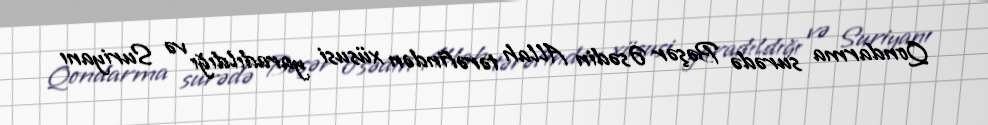
Qondarma surədə Bəşər Əsədin Allah tərəfindən xüsusi yaradıldığı və Suriyanı